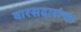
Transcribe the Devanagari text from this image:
वारसदारांचा